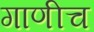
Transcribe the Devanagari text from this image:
गाणीच